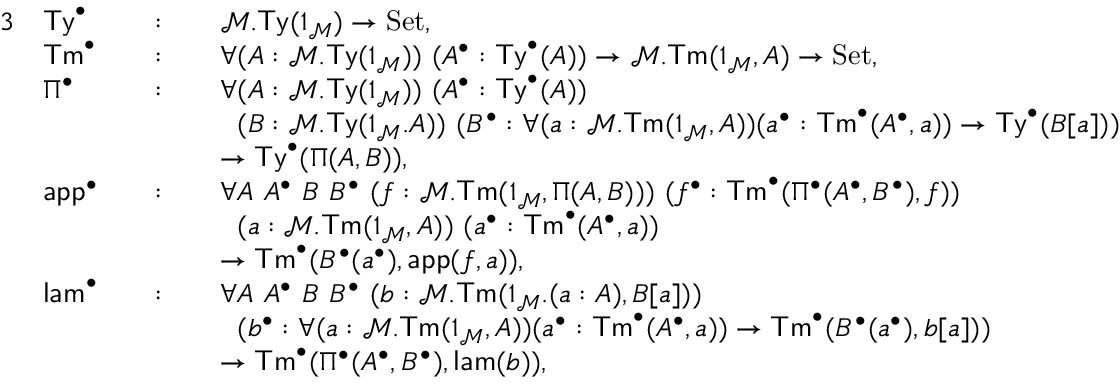
\begin{array} { r l r l r l } { { 3 } } & { \mathsf { T y } ^ { \bullet } } & & { : } & & { \mathcal { M } . \mathsf { T y } ( 1 _ { \mathcal { M } } ) \to \mathrm { S e t } , } \\ & { \mathsf { T m } ^ { \bullet } } & & { : } & & { \forall ( A : \mathcal { M } . \mathsf { T y } ( 1 _ { \mathcal { M } } ) ) \ ( A ^ { \bullet } : \mathsf { T y } ^ { \bullet } ( A ) ) \to \mathcal { M } . \mathsf { T m } ( 1 _ { \mathcal { M } } , A ) \to \mathrm { S e t } , } \\ & { \Pi ^ { \bullet } } & & { : } & & { \forall ( A : \mathcal { M } . \mathsf { T y } ( 1 _ { \mathcal { M } } ) ) \ ( A ^ { \bullet } : \mathsf { T y } ^ { \bullet } ( A ) ) } \\ & { } & & { } & & { \phantom { \forall } ( B : \mathcal { M } . \mathsf { T y } ( 1 _ { \mathcal { M } } . A ) ) \ ( B ^ { \bullet } : \forall ( a : \mathcal { M } . \mathsf { T m } ( 1 _ { \mathcal { M } } , A ) ) ( a ^ { \bullet } : \mathsf { T m } ^ { \bullet } ( A ^ { \bullet } , a ) ) \to \mathsf { T y } ^ { \bullet } ( B [ a ] ) ) } \\ & { } & & { } & & { \to \mathsf { T y } ^ { \bullet } ( \Pi ( A , B ) ) , } \\ & { \mathsf { a p p } ^ { \bullet } } & & { : } & & { \forall A \ A ^ { \bullet } \ B \ B ^ { \bullet } \ ( f : \mathcal { M } . \mathsf { T m } ( 1 _ { \mathcal { M } } , \Pi ( A , B ) ) ) \ ( f ^ { \bullet } : \mathsf { T m } ^ { \bullet } ( \Pi ^ { \bullet } ( A ^ { \bullet } , B ^ { \bullet } ) , f ) ) } \\ & { } & & { } & & { \phantom { \forall } ( a : \mathcal { M } . \mathsf { T m } ( 1 _ { \mathcal { M } } , A ) ) \ ( a ^ { \bullet } : \mathsf { T m } ^ { \bullet } ( A ^ { \bullet } , a ) ) } \\ & { } & & { } & & { \to \mathsf { T m } ^ { \bullet } ( B ^ { \bullet } ( a ^ { \bullet } ) , \mathsf { a p p } ( f , a ) ) , } \\ & { \mathsf { l a m } ^ { \bullet } } & & { : } & & { \forall A \ A ^ { \bullet } \ B \ B ^ { \bullet } \ ( b : \mathcal { M } . \mathsf { T m } ( 1 _ { \mathcal { M } } . ( a : A ) , B [ a ] ) ) } \\ & { } & & { } & & { \phantom { \forall } ( b ^ { \bullet } : \forall ( a : \mathcal { M } . \mathsf { T m } ( 1 _ { \mathcal { M } } , A ) ) ( a ^ { \bullet } : \mathsf { T m } ^ { \bullet } ( A ^ { \bullet } , a ) ) \to \mathsf { T m } ^ { \bullet } ( B ^ { \bullet } ( a ^ { \bullet } ) , b [ a ] ) ) } \\ & { } & & { } & & { \to \mathsf { T m } ^ { \bullet } ( \Pi ^ { \bullet } ( A ^ { \bullet } , B ^ { \bullet } ) , \mathsf { l a m } ( b ) ) , } \end{array}